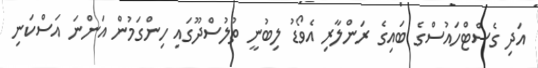
އަދި ގެސްޓްހައުސްގެ ބައިގެ ރަންލާރި އެވޯޑު ލިބުނީ ތުލުސްދޫގައި ހިންގަމުން އަންނަ އަސްކަނި